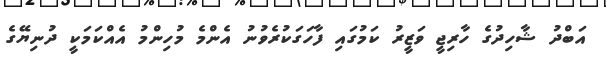
އަބްދު ޝާހިދުގެ ހާރިޖީ ވަޒީރު ކަމުގައި ފާހަގަކުރެވުނު އެންމެ މުހިންމު އެއްކަމަކީ ދުނިޔޭގެ